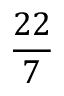
\frac { 2 2 } { 7 }